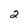
Character: 2